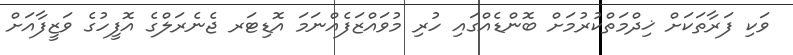
ވަކި ފަރާތަކަށް ޚިދްމަތްކުރުމަށް ބޮންޑެއްގައި ހުރި މުވައްޒަފެއްނަމަ އޮޑިޓަރ ޖެނެރަލްގެ އޮފީހުގެ ވަޒީފާއަށް